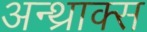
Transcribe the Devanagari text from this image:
अन्थ्राक्स